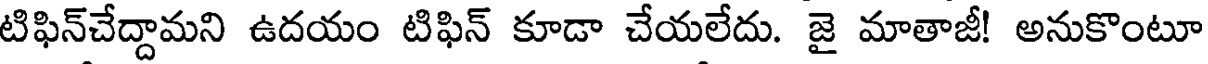
టిఫిన్చేద్దామని ఉదయం టిఫిన్ కూడా చేయలేదు. జై మాతాజీ! అనుకొంటూ